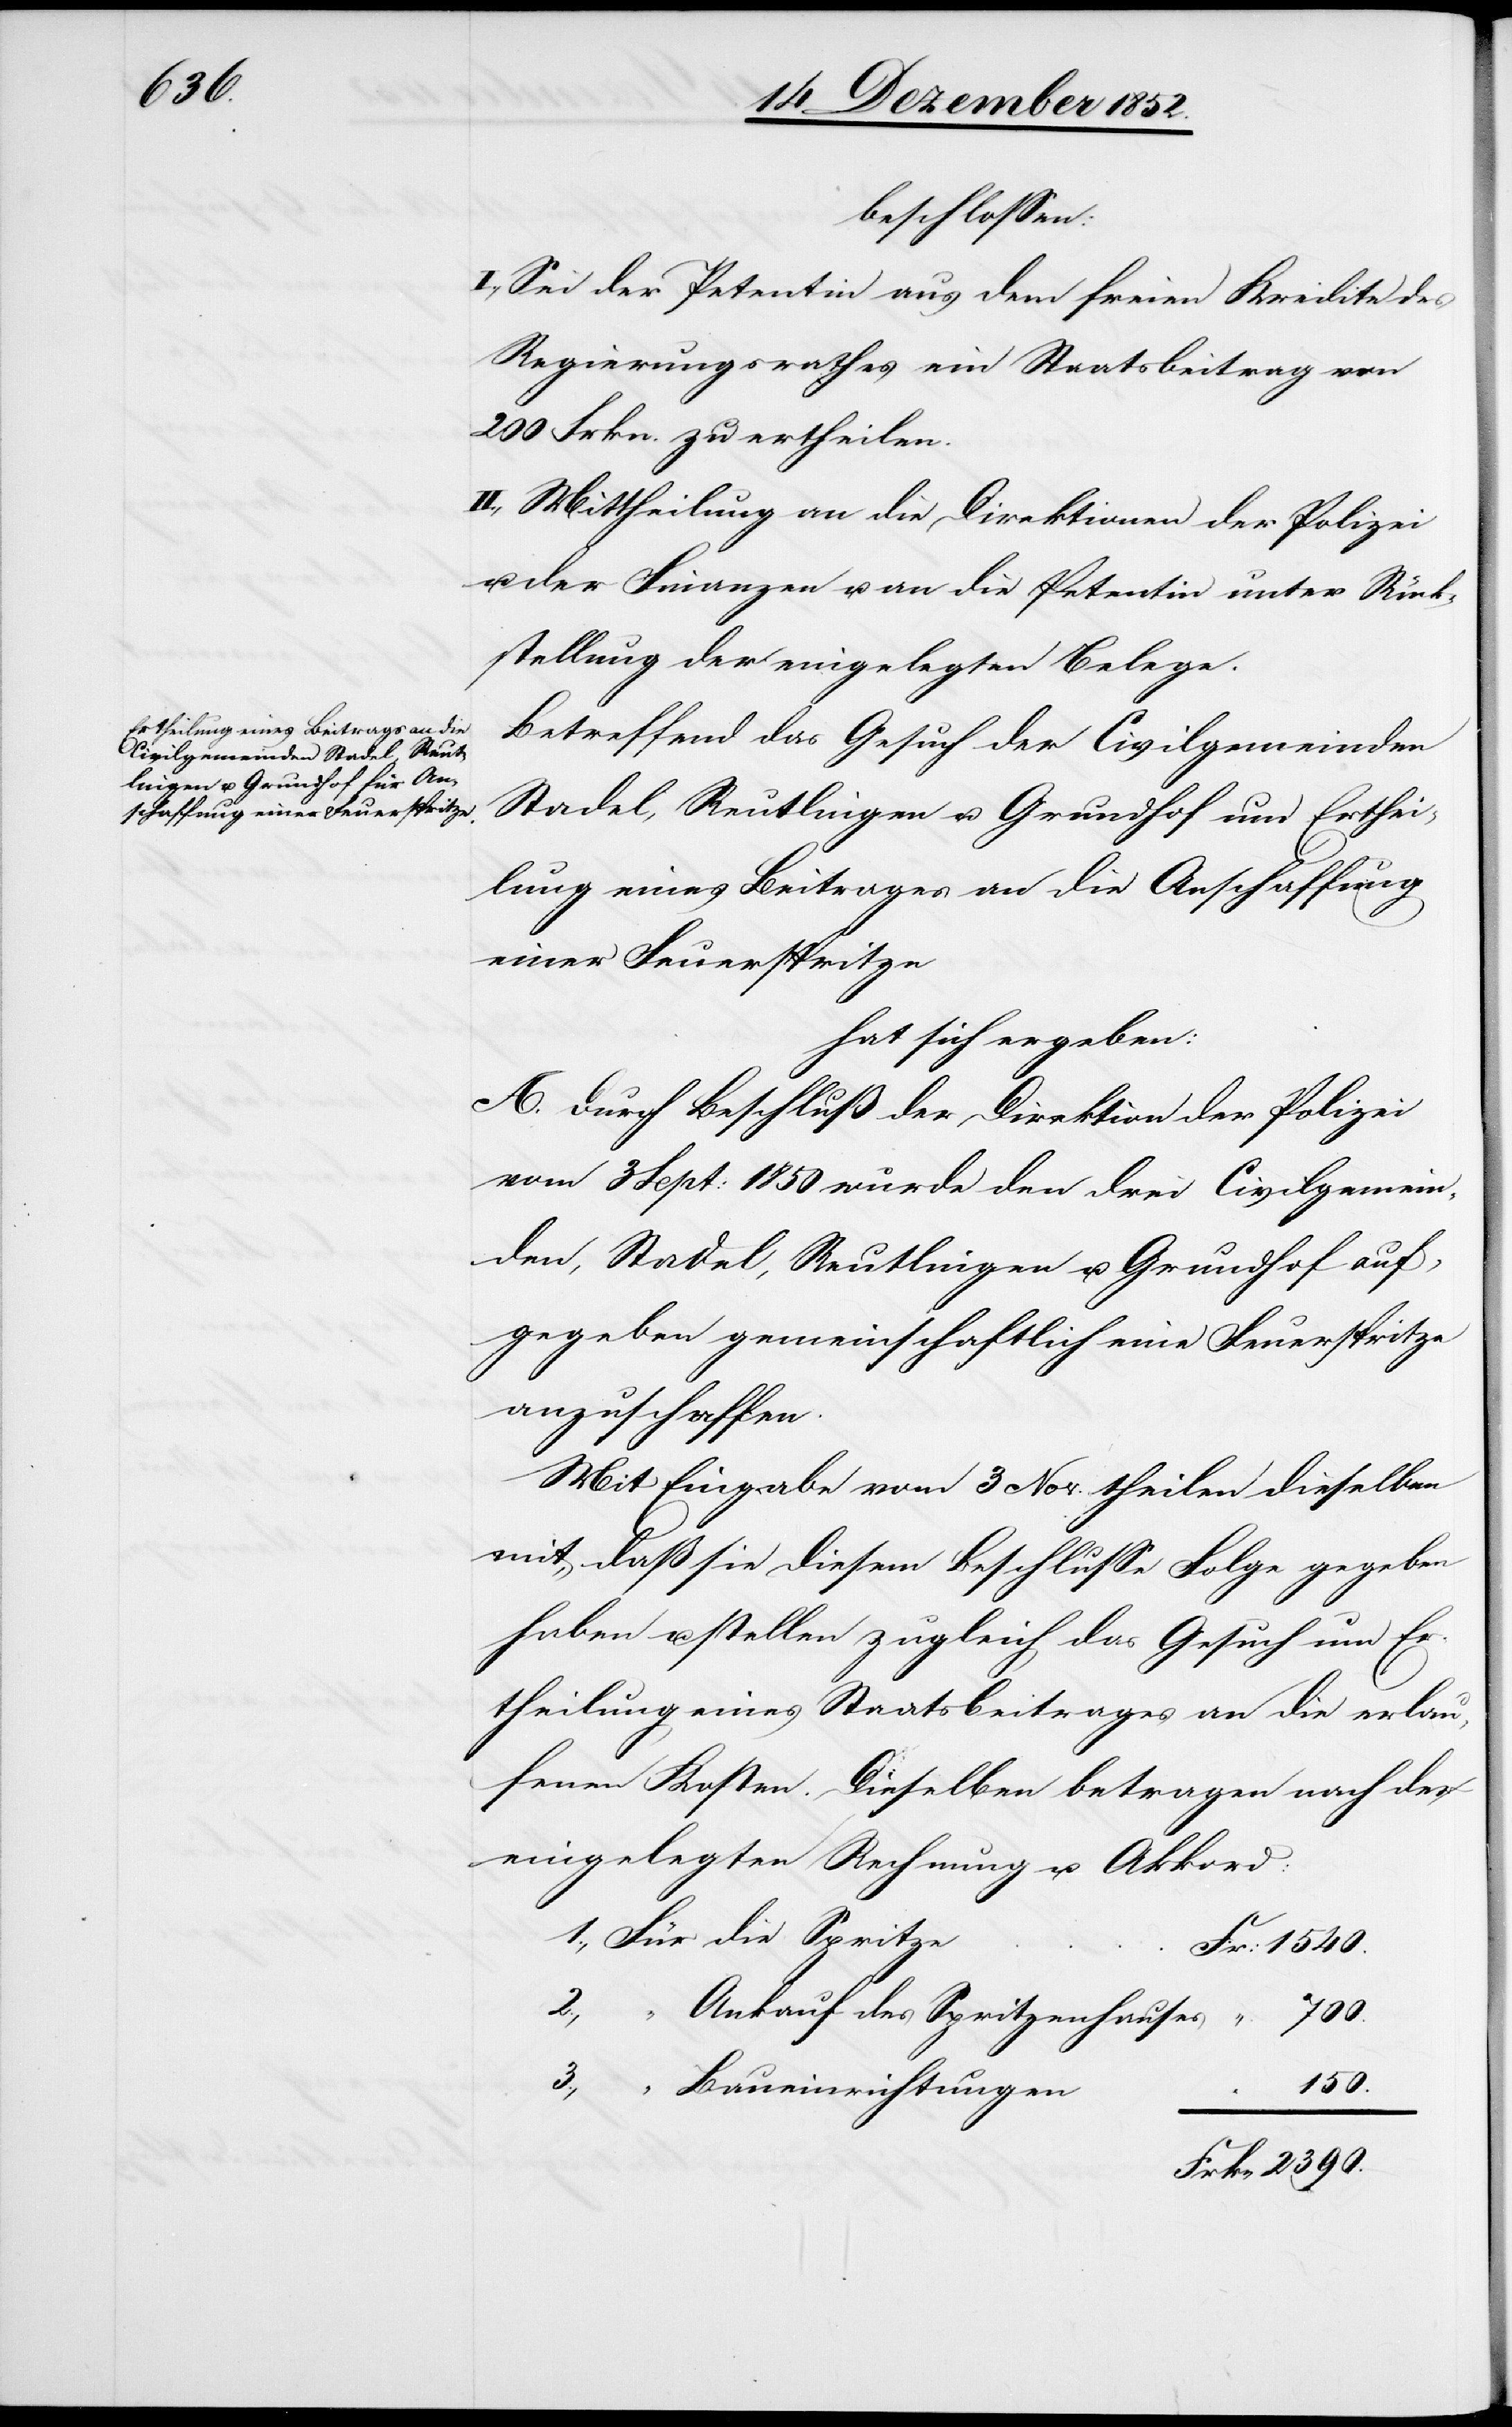
150.

beschlossen:
I., Sei der Petentin aus dem freien Kredite des
Regierungsrathes ein Staatsbeitrag von
200 Frkn. zu ertheilen.
II., Mittheilung an die Direktionen der Polizei
u. der Finanzen u. an die Petentin unter Rück¬
stellung der eingelegten Belege.
Betreffend das Gesuch der Civilgemeinden
Stadel, Reutlingen u. Grundhof um Erthei¬
lung eines Beitrages an die Anschaffung
einer Feuerspritze
hat sich ergeben:
A. Durch Beschluß der Direktion der Polizei
vom 3 Sept: 1850 wurde den drei Civilgemein¬
den, Stadel, Reutlingen u. Grundhof auf¬
gegeben gemeinschaftlich eine Feuerspritze
anzuschaffen.
Mit Eingabe vom 3 Nov. theilen dieselben
mit, daß sie diesem Beschlusse Folge gegeben
haben u. stellen zugleich das Gesuch um Er¬
theilung eines Staatsbeitrages an die erlau¬
fenen Kosten. Dieselben betragen nach der
eingelegten Rechnung u. Akkord:
Für die Spritze
Fr. 1540.
2.,
Ankauf des Spritzenhauses
“ Baueinrichtungen
“
Frkn 2390.